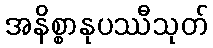
အနိစ္စာနုပဿီသုတ်